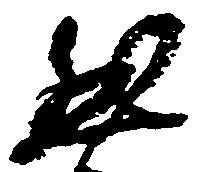
然